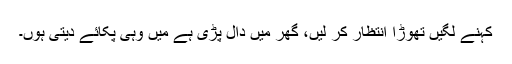
کہنے لگیں تھوڑا انتظار کر لیں، گھر میں دال پڑی ہے میں وہی پکائے دیتی ہوں۔